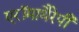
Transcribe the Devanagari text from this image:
एरॉमाथैरेपी